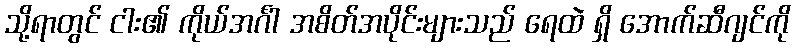
သို့ရာတွင် ငါး၏ ကိုယ်အင်္ဂါ အစိတ်အပိုင်းများသည် ရေထဲ ရှိ အောက်ဆီဂျင်ကို